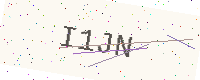
Text: I1JN